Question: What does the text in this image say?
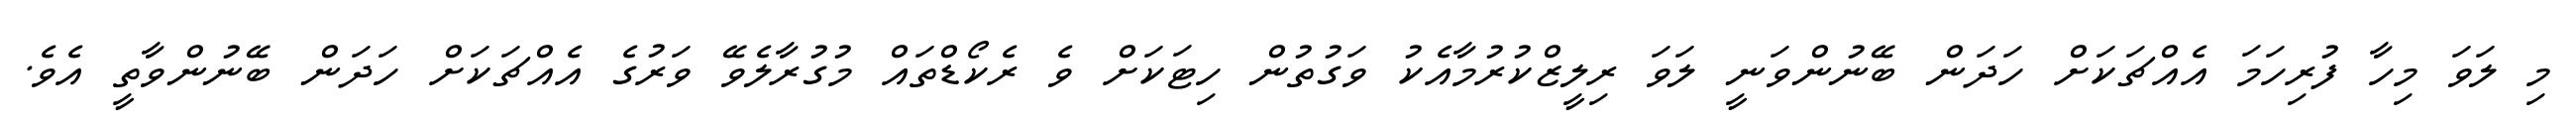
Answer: މި ލަވަ މިހާ ފުރިހަމަ އެއްޗަކަށް ހަދަން ބޭނުންވަނީ ލަވަ ރިލީޒްކުރުމާއެކު ވަގުތުން ހިޓަކަށް ވެ ރެކޯޑްތައް މުގުރާލެވޭ ވަރުގެ އެއްޗަކަށް ހަދަން ބޭނުންވާތީ އެވެ.